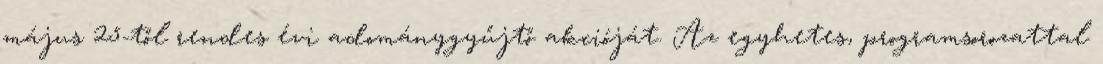
május 25-től rendes évi adománygyűjtő akcióját. Az egyhetes, programsorozattal